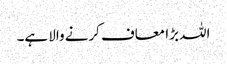
اللہ بڑا معاف کرنے والا ہے۔